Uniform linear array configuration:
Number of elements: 48
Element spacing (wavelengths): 1
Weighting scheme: binomial
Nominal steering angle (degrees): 60
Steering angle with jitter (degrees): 59.573
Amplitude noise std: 0.05
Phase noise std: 0.05

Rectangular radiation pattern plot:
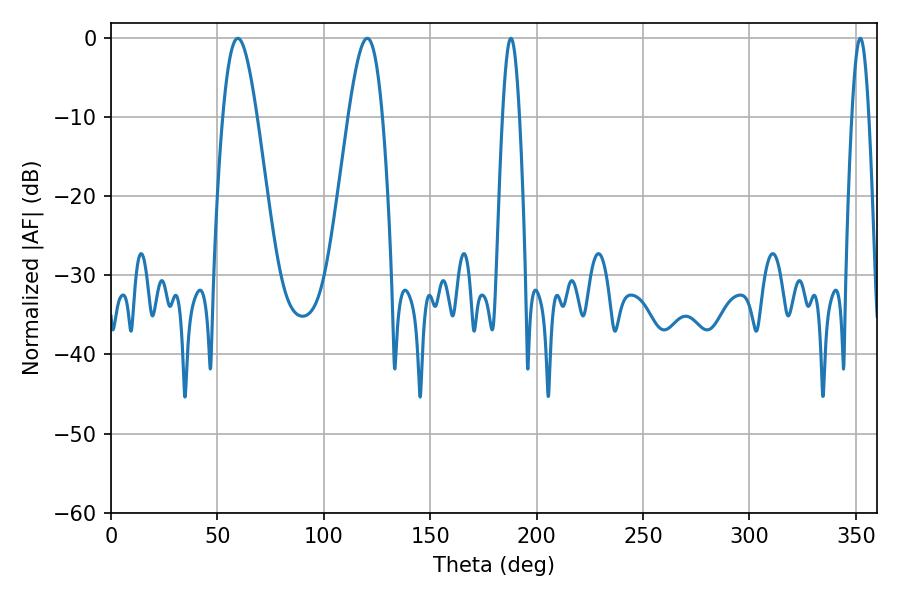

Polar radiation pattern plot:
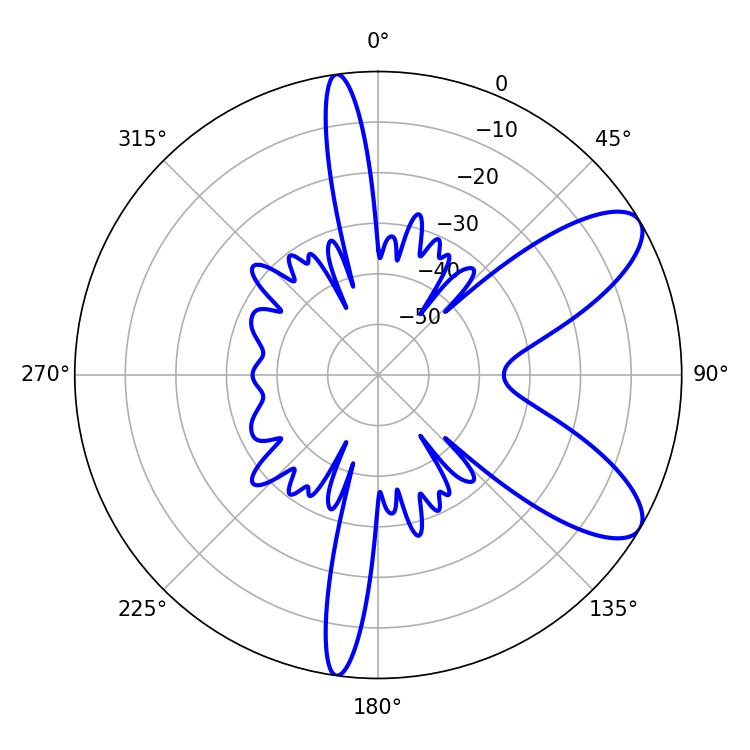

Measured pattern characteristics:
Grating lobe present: TRUE
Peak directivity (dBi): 8.828
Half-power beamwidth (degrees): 8.46
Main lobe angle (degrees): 59.58